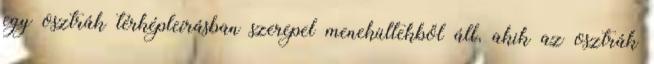
egy osztrák térképleírásban szerepel menekültekből áll, akik az osztrák